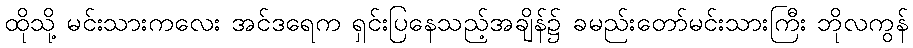
ထိုသို့ မင်းသားကလေး အင်ဒရေက ရှင်းပြနေသည့်အချိန်၌ ခမည်းတော်မင်းသားကြီး ဘိုလကွန်